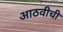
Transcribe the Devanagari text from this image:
आठवीची